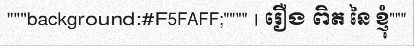
"""background:#F5FAFF;"""" | រឿង ពិត នៃ ខ្ញុំ"""